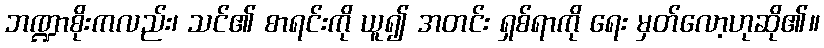
ဘဏ္ဍာစိုးကလည်း၊ သင်၏ စာရင်းကို ယူ၍ အတင်း ရှစ်ရာကို ရေး မှတ်လော့ဟုဆို၏။